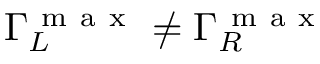
\Gamma _ { L } ^ { \mathrm { ~ m ~ a ~ x ~ } } \ne \Gamma _ { R } ^ { \mathrm { ~ m ~ a ~ x ~ } }